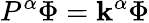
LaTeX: P^{\alpha}\Phi=\mathbf{k}^{\alpha}\Phi